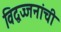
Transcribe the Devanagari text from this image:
विद्वज्जनांची